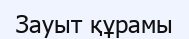
Зауыт құрамы